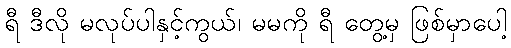
ရီ ဒီလို မလုပ်ပါနှင့်ကွယ်၊ မမကို ရီ တွေ့မှ ဖြစ်မှာပေါ့